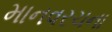
માનવરચના